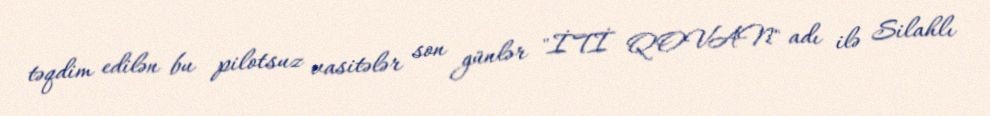
təqdim edilən bu pilotsuz vasitələr son günlər "İTİ QOVAN" adı ilə Silahlı